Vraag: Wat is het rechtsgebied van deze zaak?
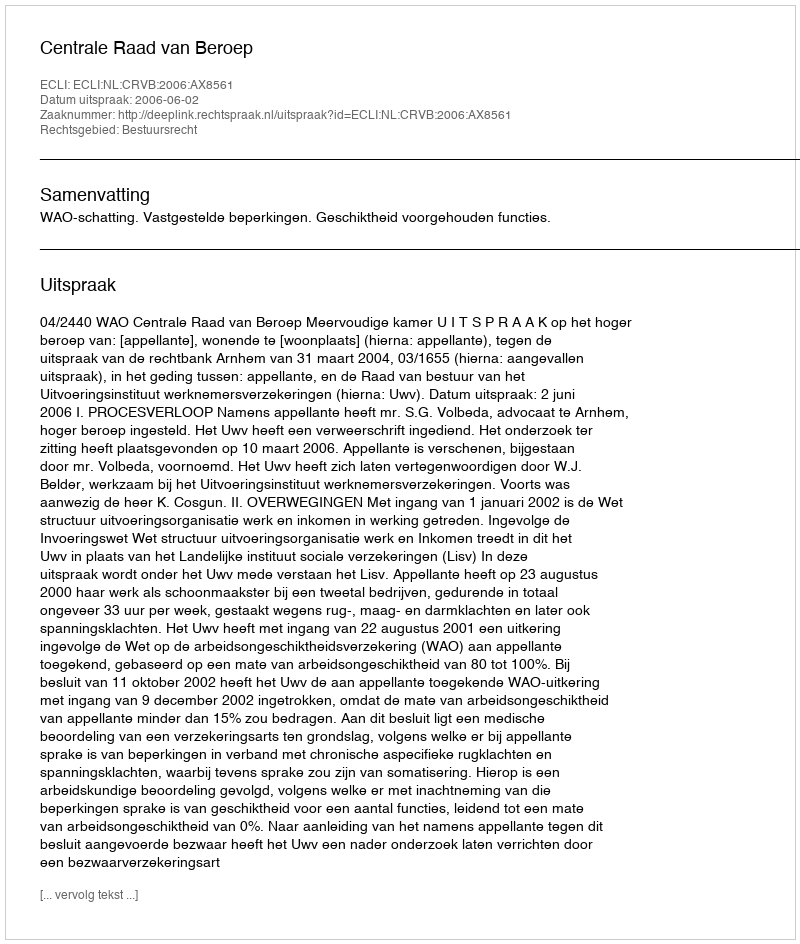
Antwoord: Bestuursrecht